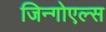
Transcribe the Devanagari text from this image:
जिन्गोएल्स